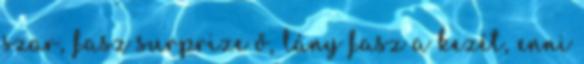
szar, fasz surprize ő, lány fasz a kezét, enni